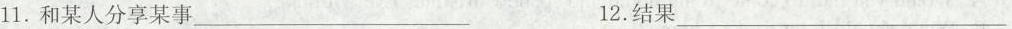
11.和某人分享某事\underline12.结果\underline